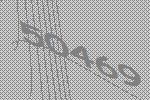
50469